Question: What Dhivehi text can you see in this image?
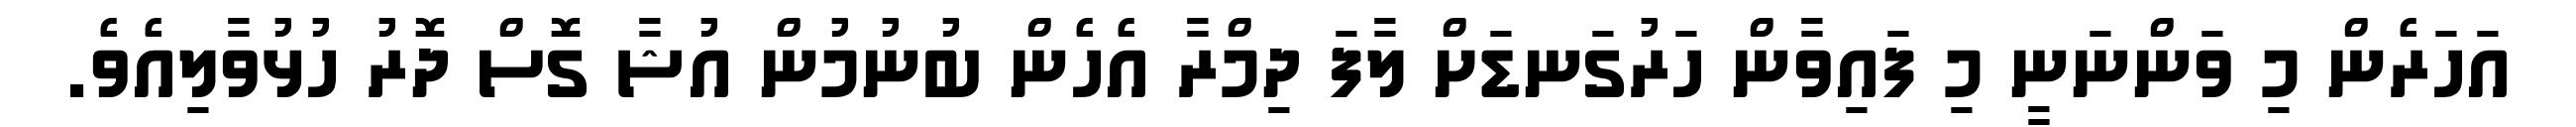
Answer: އަހަރެން މި ވަންނަނީ މި ފައިވާން ހަރުގަނޑަށް ލާފަ ދިމްރާ އެހެން ބުނުމުން އުޝާ ގޮސް ދޮރު ހުޅުވާލިއެވެ.